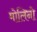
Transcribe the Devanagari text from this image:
मोलिनो